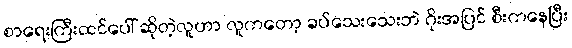
စာရေးကြီးထင်ပေါ် ဆိုတဲ့လူဟာ လူကတော့ ခပ်သေးသေးဘဲ ဂိုးအပြင် စီးကနေပြီး